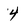
Character: 4